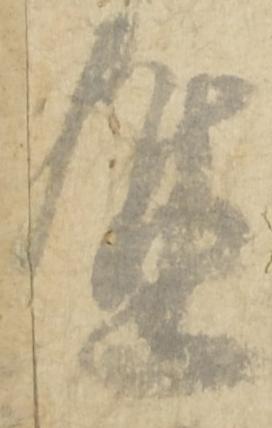
進